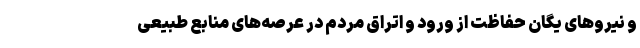
و نیرو‌های یگان حفاظت از ورود و اتراق مردم در عرصه‌های منابع طبیعی